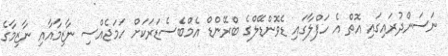
ނަސަންދުރައިގައި އޮތް އެ ހަފްލާގައި ޑެވޮންޑޭލްގެ ބްރޭންޑް އެމްބެސެޑަރަކަށް ހަމަޖެއްސި ނާޒިމާއާއި ނާޒިމާގެ